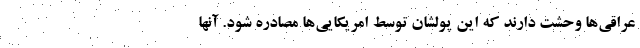
عراقی‌ها وحشت دارند که این پولشان توسط امریکایی‌ها مصادره شود. آنها